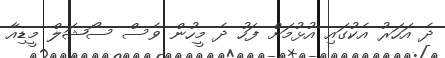
ދެ އަހަރު އެކުގައި އުޅުމަށް ފަހު ދެ މީހުން ވެސް ސޯޝަލް މީޑިއާ